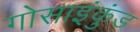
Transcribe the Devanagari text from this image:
गोसाइंकुंड